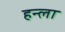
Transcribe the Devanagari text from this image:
हन्ला